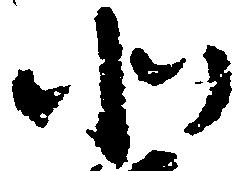
北